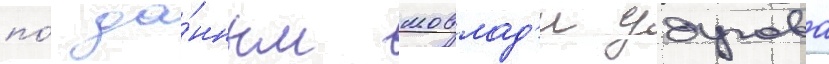
по́ да́нным мовлад'и удугова